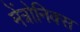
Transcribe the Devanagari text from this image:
मेंत्रोनिक्स